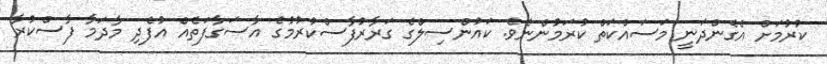
ކުރުމަށް އެގެންދަނީ މަސައްކަތް ކުރަމުންނެވެ. ކައުންސިލްގެ ގަރާރުފާސްކުރުމުގެ އާސަގާފަތެއް އުފެދި މާދަމާ ފާސްކުރާ